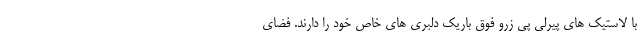
با لاستیک های پیرلی پی زرو فوق باریک دلبری های خاص خود را دارند. فضای